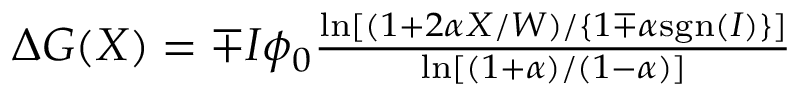
\begin{array} { r } { \Delta G ( X ) = \mp I \phi _ { 0 } \frac { \ln [ ( 1 + 2 \alpha X / W ) / \{ 1 \mp \alpha \mathrm { s g n } ( I ) \} ] } { \ln [ ( 1 + \alpha ) / ( 1 - \alpha ) ] } } \end{array}